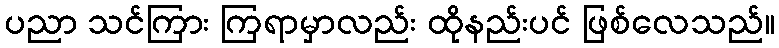
ပညာ သင်ကြား ကြရာမှာလည်း ထိုနည်းပင် ဖြစ်လေသည်။